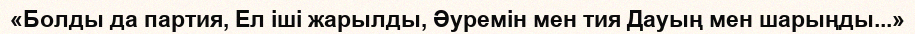
«Болды да партия, Ел іші жарылды, Әуремін мен тия Дауың мен шарыңды...»